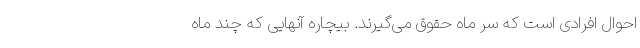
احوال افرادی است که سر ماه حقوق می‌گیرند. بیچاره آنهایی که چند ماه